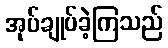
အုပ်ချုပ်ခဲ့ကြသည်